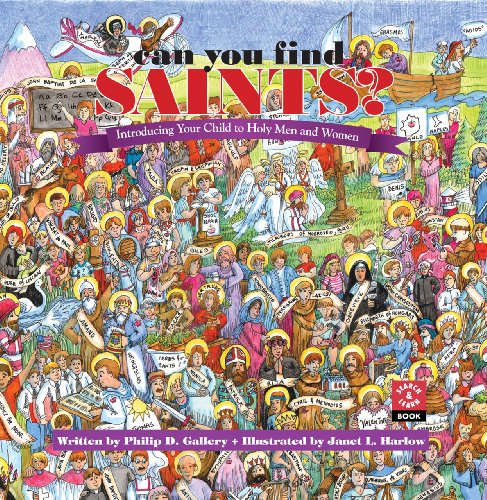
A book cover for Can You Find Saints?: Introducing Your Child to Holy Men and Women; Philip D. Gallery; Christian Books & Bibles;